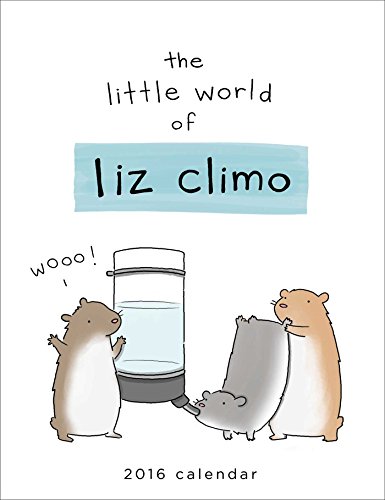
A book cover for The Little World of Liz Climo 2016 Wall Calendar; Liz Climo; Calendars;